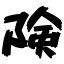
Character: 険